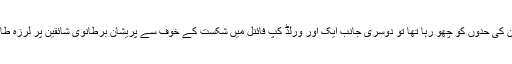
ایک طرف فتح کے متمنی پاکستانی شائقین کا جوش آسمان کی حدوں کو چھو رہا تھا تو دوسری جانب ایک اور ورلڈ کپ فائنل میں شکست کے خوف سے پریشان برطانوی شائقین پر لرزہ طاری تھا اور وہ کسی معجزے کی آس لگائے بیٹھے تھے۔